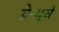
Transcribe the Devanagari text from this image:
डेन्यूवे